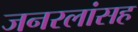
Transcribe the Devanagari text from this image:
जनरलांसह